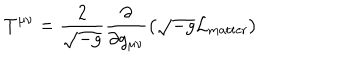
LaTeX: T ^ { \mu \nu } = \frac { 2 } { \sqrt { - g } } \frac { \partial } { \partial g _ { \mu \nu } } \left( \sqrt { - g } { \cal L } _ { \mathrm { m a t t e r } } \right)